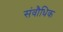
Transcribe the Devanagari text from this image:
संवौधिक